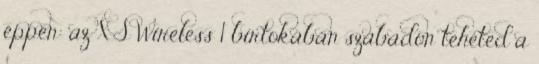
éppen: az XS Wireless 1 birtokában szabadon teheted a